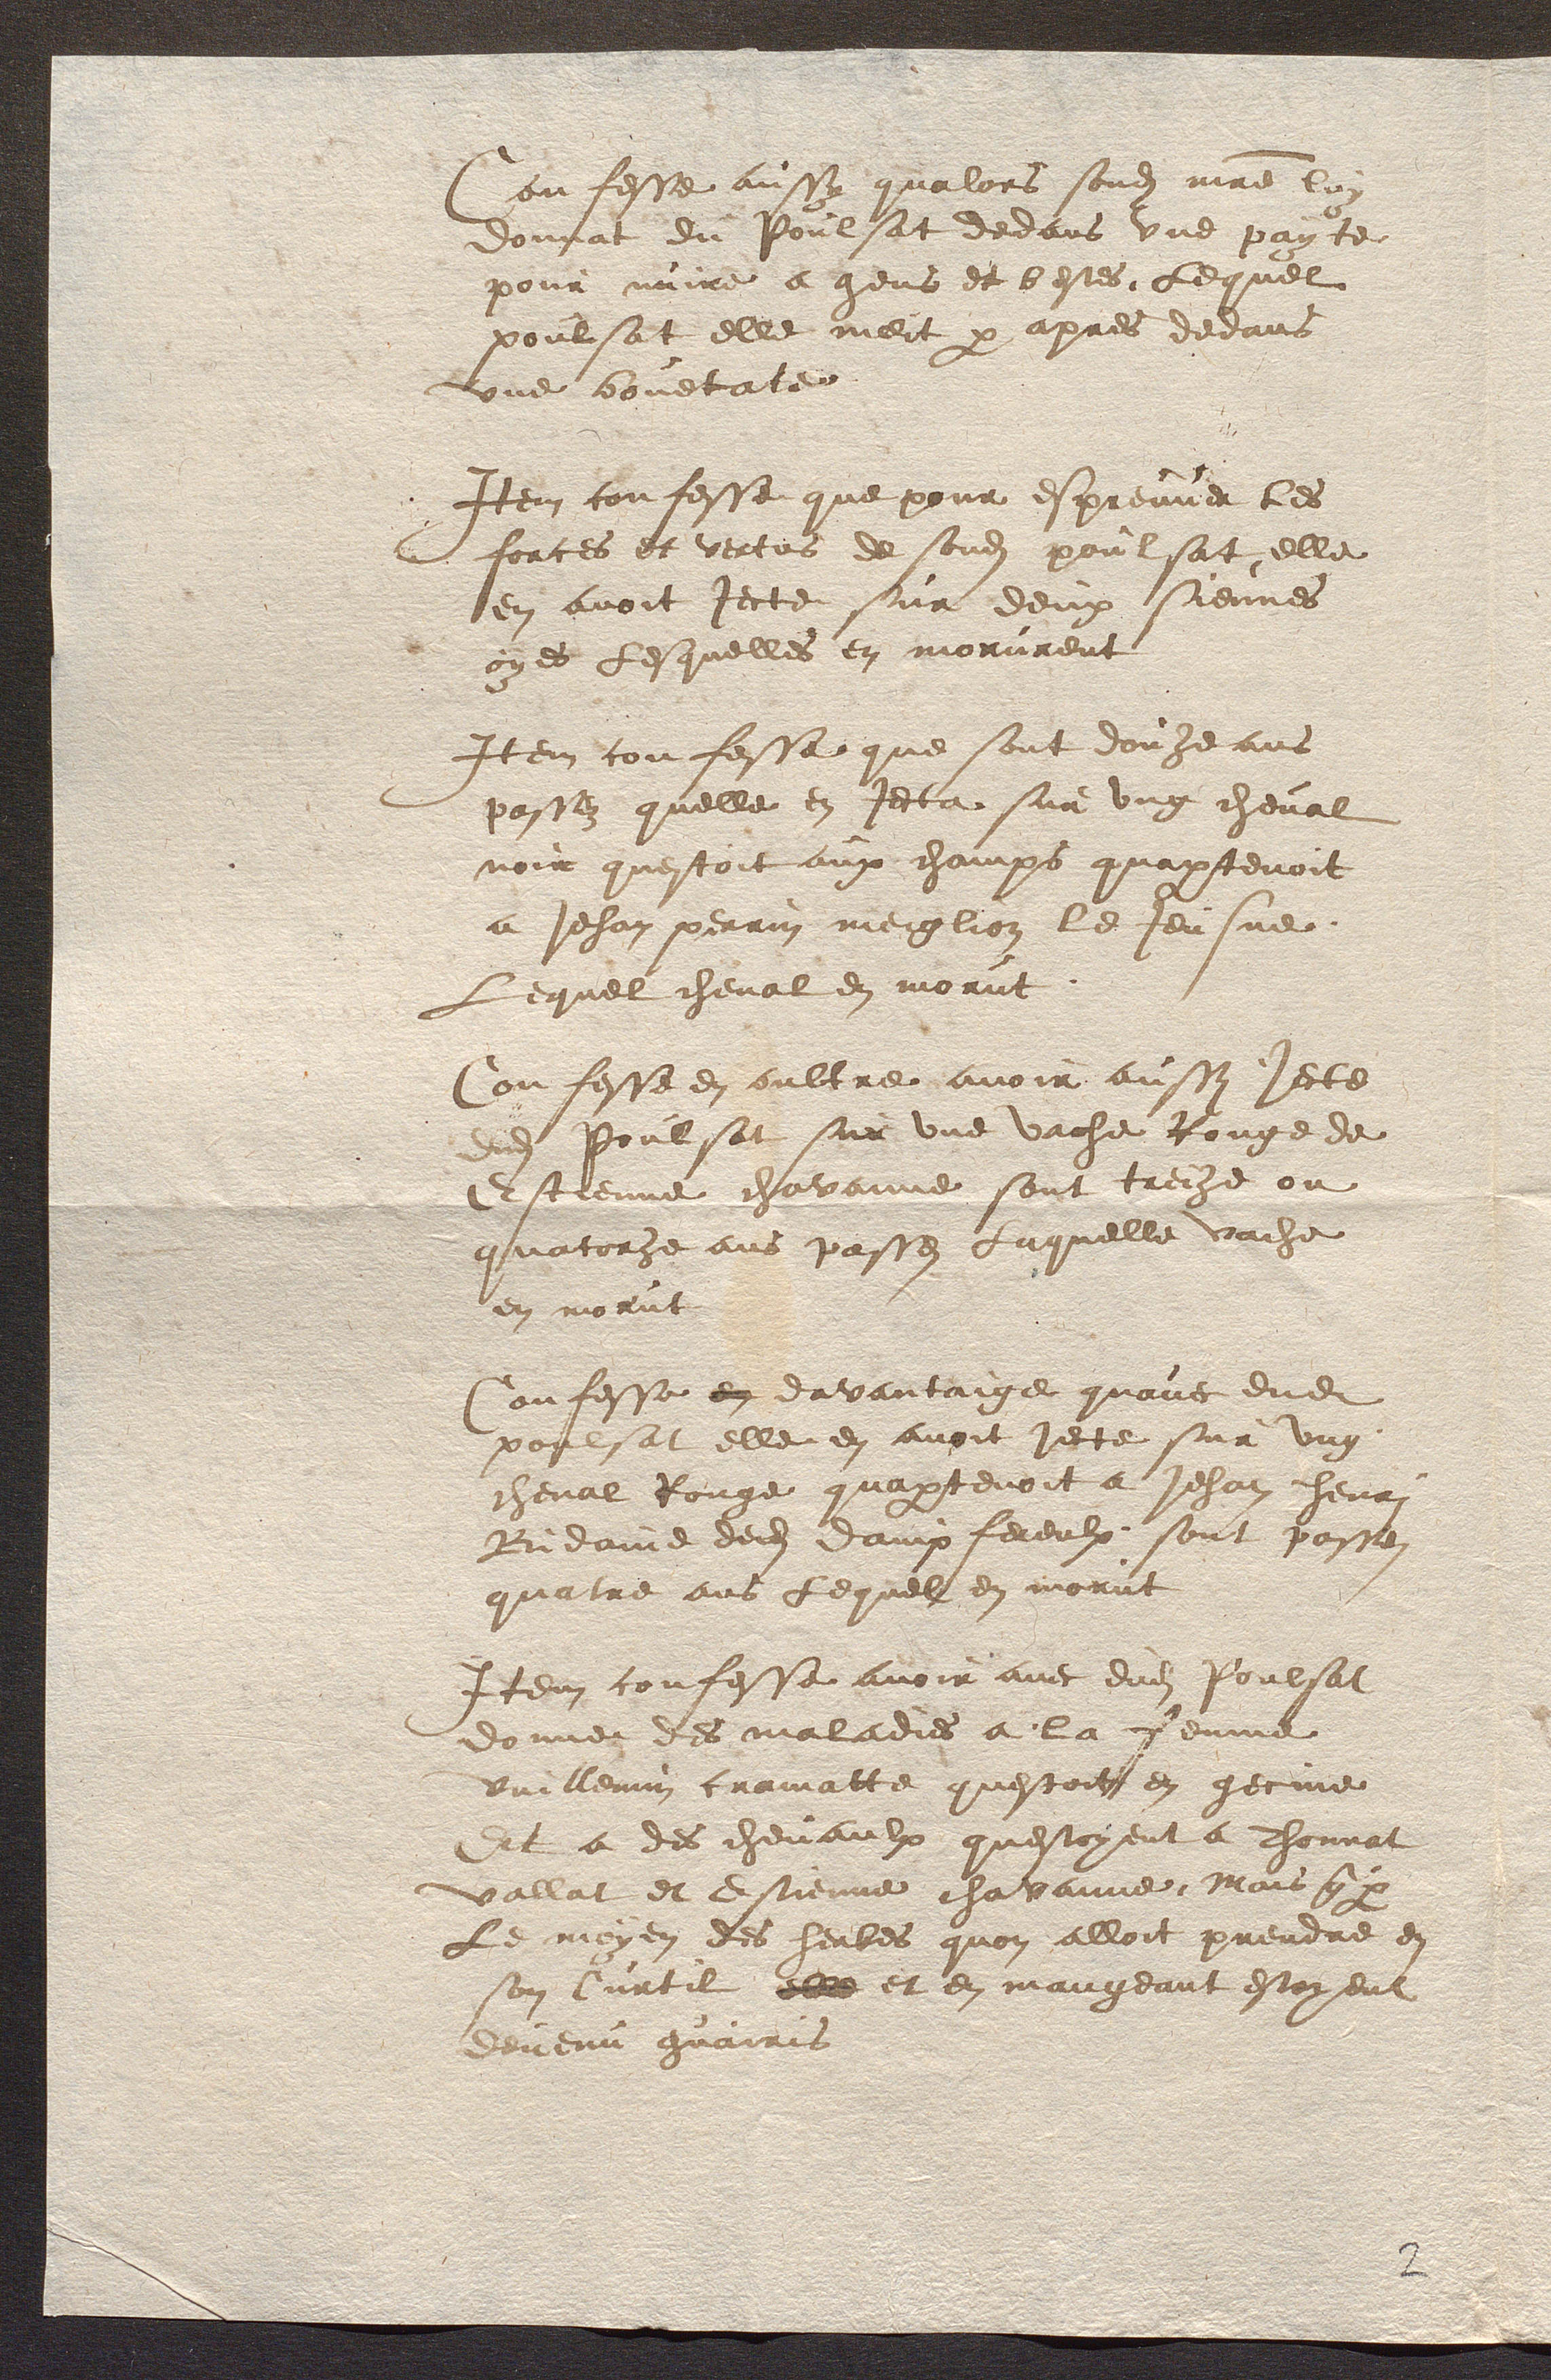
Confesse aussy qualors sond mre luy
donnat du Poulsat dedans une payte
pour nuire a gens et bestes, Lequel
poulsat elle meit p apres dedans
une bouetate
Item confesse que pour espreuver les
forces et vertus de sond poulsat, elle
en avoit jecte sur deux siennes
oyes Lesquelles en morurent
Item confesse que sont douze ans
passez quelle en Jecta sur ung cheval
noir questoit aux champs quaptenoit
a Jehan perrin meiglioz le Jeusne
Lequel cheval en morut.
Confesse en oultre avoir aussi jecte
dud poulsat sur une vache Rouge de
Estienne chavanne sont treize ou
quatorze ans passes Laquelle vache
en morut
Confesse en davantaige quavec dud
poulsat elle en avoit jecte sur ung
cheval Rouge quaptenoit a Jehan henri
Bidaine ded dampfereulx, sont passes
quatre ans Lequel en morut
Item confesse avoir avec dud Poulsat
donner des maladies a la femme
Vuillemin cramatte questoit en gecine
Et a des chevaulx questoyent a Thonnat
Vallat et Estienne chavanne, Mais q p
Le moyen des herbes quon alloit prendre en
son Curtil elle et en mangeant estoyent
devenu guairis